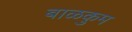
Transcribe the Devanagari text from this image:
बाळकुम